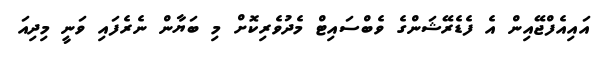
އައިއެފްޖޭއިން އެ ފެޑެރޭޝަންގެ ވެބްސައިޓް މެދުވެރިކޮށް މި ބަޔާން ނެރެފައި ވަނީ މިދިއަ